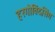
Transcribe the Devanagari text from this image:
हरगोविंदसिंग